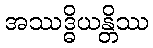
အဿဒ္ဓိယန္တိဿ